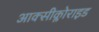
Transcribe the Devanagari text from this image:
आक्सीक्लोराइड